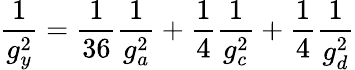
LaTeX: \frac{1}{g_{y}^{2}}=\frac{1}{36}\frac{1}{g_{a}^{2}}+\frac{1}{4}\frac{1}{g_{c}^{2}}+\frac{1}{4}\frac{1}{g_{d}^{2}}